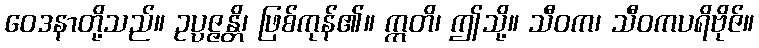
ဝေဒနာတို့သည်။ ဥပ္ပဇ္ဇန္တိ၊ ဖြစ်ကုန်၏။ ဣတိ၊ ဤသို့။ သီဝက၊ သီဝကပရိဗိုဇ်။